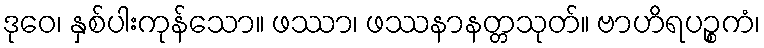
ဒုဝေ၊ နှစ်ပါးကုန်သော။ ဖဿာ၊ ဖဿနာနတ္တသုတ်။ ဗာဟိရပဉ္စကံ၊